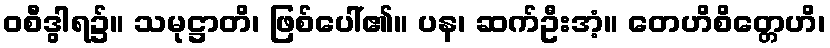
ဝစီဒွါရ၌။ သမုဋ္ဌာတိ၊ ဖြစ်ပေါ်၏။ ပန၊ ဆက်ဦးအံ့။ တေဟိစိတ္တေဟိ၊